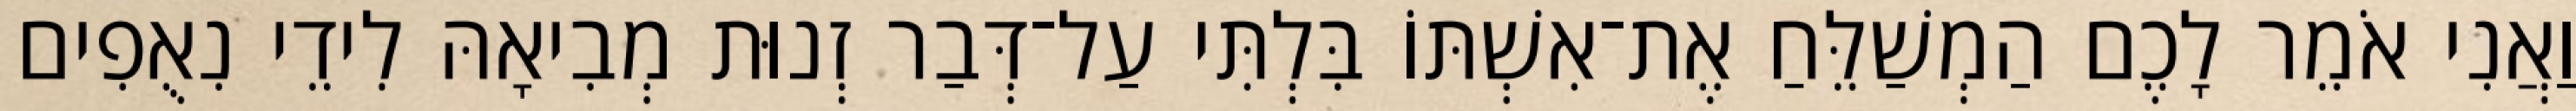
וַאֲנִי אֹמֵר לָכֶם הַמְשַׁלֵּחַ אֶת־אִשְׁתּוֹ בִּלְתִּי עַל־דְּבַר זְנוּת מְבִיאָהּ לִידֵי נִאֻפִים